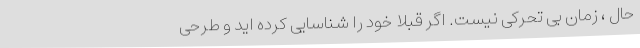
حال ، زمان بی تحرکی نیست. اگر قبلا خود را شناسایی کرده اید و طرحی